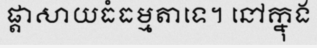
ផ្តាសាយធំធម្មតាទេ។ នៅក្នុង